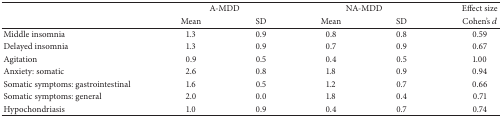
<table><thead><tr><td><b> </b></td><td colspan="2"><b>A-MDD</b></td><td colspan="2"><b>NA-MDD</b></td><td><b>Effect size</b></td></tr><tr><td><b> </b></td><td><b>Mean</b></td><td><b>SD</b></td><td><b>Mean</b></td><td><b>SD</b></td><td><b>Cohen&#x27;s <i>d</i></b></td></tr></thead><tbody><tr><td>Middle insomnia</td><td>1.3</td><td>0.9</td><td>0.8</td><td>0.8</td><td>0.59</td></tr><tr><td>Delayed insomnia</td><td>1.3</td><td>0.9</td><td>0.7</td><td>0.9</td><td>0.67</td></tr><tr><td>Agitation</td><td>0.9</td><td>0.5</td><td>0.4</td><td>0.5</td><td>1.00</td></tr><tr><td>Anxiety: somatic</td><td>2.6</td><td>0.8</td><td>1.8</td><td>0.9</td><td>0.94</td></tr><tr><td>Somatic symptoms: gastrointestinal</td><td>1.6</td><td>0.5</td><td>1.2</td><td>0.7</td><td>0.66</td></tr><tr><td>Somatic symptoms: general</td><td>2.0</td><td>0.0</td><td>1.8</td><td>0.4</td><td>0.71</td></tr><tr><td>Hypochondriasis</td><td>1.0</td><td>0.9</td><td>0.4</td><td>0.7</td><td>0.74</td></tr></tbody></table>